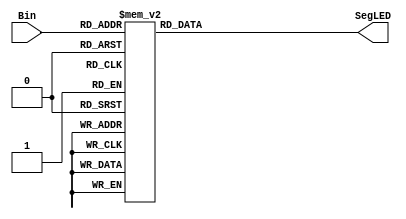

module Bin2HexLED(Bin, SegLED);

	input	[3:0]		Bin;
	output	[6:0]		SegLED;
	//---------------------------------------------------------------

	//---------------------------------------------------------------
	//	Regs
	//---------------------------------------------------------------
	reg	[6:0]		SegLED;
	//---------------------------------------------------------------
	always @ (Bin) begin
		case (Bin)
			4'h0: SegLED <= 7'b0111111;
			4'h1: SegLED <= 7'b0000110;
			4'h2: SegLED <= 7'b1011011;
			4'h3: SegLED <= 7'b1001111;
			4'h4: SegLED <= 7'b1100110;
			4'h5: SegLED <= 7'b1101101;
			4'h6: SegLED <= 7'b1111101;
			4'h7: SegLED <= 7'b0000111;
			4'h8: SegLED <= 7'b1111111;
			4'h9: SegLED <= 7'b1100111;
			4'hA: SegLED <= 7'b1110111;
			4'hB: SegLED <= 7'b1111100;
			4'hC: SegLED <= 7'b1011000;
			4'hD: SegLED <= 7'b1011110;
			4'hE: SegLED <= 7'b1111001;
			4'hF: SegLED <= 7'b1110001;
		endcase
	end
	//---------------------------------------------------------------
endmodule
//-----------------------------------------------------------------------